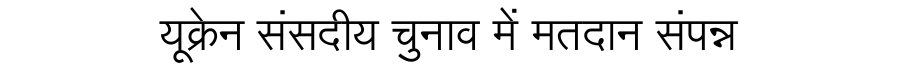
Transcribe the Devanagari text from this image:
यूक्रेन संसदीय चुनाव में मतदान संपन्न